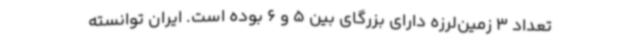
تعداد 3 زمین‌لرزه دارای بزرگای بین 5 و 6 بوده است. ایران توانسته